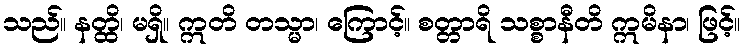
သည်။ နတ္ထိ၊ မရှိ။ ဣတိ တသ္မာ၊ ကြောင့်။ စတ္တာရိ သစ္စာနီတိ ဣမိနာ၊ ဖြင့်။